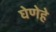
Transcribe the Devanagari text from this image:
घेणेहे